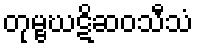
တုမ္ဗဃဋိဆဝသီသံ